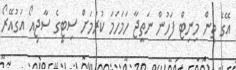
އޭގެ ތިން މިނިޓް ފަހުން ނަތީޖާ ހަމަހަމަ ކުރުމަށް ސިޓީގެ ސާޖިއޯ އަގުއޭރޯ